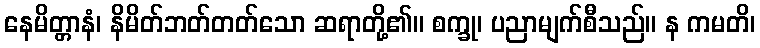
နေမိတ္တာနံ၊ နိမိတ်ဘတ်တတ်သော ဆရာတို့၏။ စက္ခု၊ ပညာမျက်စီသည်။ န ကမတိ၊